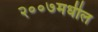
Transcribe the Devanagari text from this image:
२००७मधील